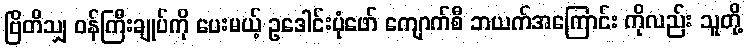
ဗြိတိသျှ ဝန်ကြီးချုပ်ကို ပေးမယ့် ဥဒေါင်းပုံဖော် ကျောက်စီ ဘယက်အကြောင်း ကိုလည်း သူတို့